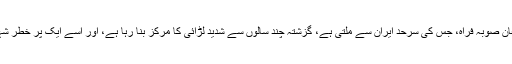
واضح رہے کہ افغان صوبہ فراہ، جس کی سرحد ایران سے ملتی ہے، گزشتہ چند سالوں سے شدید لڑائی کا مرکز بنا رہا ہے، اور اسے ایک پر خطر شہر سمجھا جاتا ہے۔